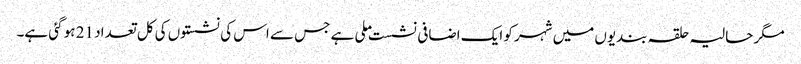
مگر حالیہ حلقہ بندیوں میں شہر کو ایک اضافی نشست ملی ہے جس سے اس کی نشستوں کی کل تعداد 21 ہو گئی ہے۔